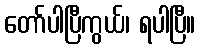
တော်ပါပြီကွယ်၊ ရပါပြီ။